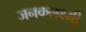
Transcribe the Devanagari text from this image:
जनकलक्ष्मी